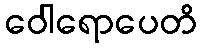
ဝေါရောပေတိ